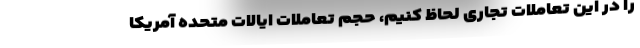
را در این تعاملات تجاری لحاظ کنیم، حجم تعاملات ایالات متحده آمریکا